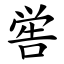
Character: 喾